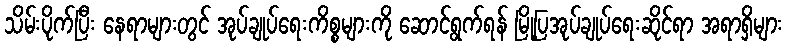
သိမ်းပိုက်ပြီး နေရာများတွင် အုပ်ချုပ်ရေးကိစ္စများကို ဆောင်ရွက်ရန် မြို့ပြအုပ်ချုပ်ရေးဆိုင်ရာ အရာရှိများ